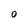
Character: O